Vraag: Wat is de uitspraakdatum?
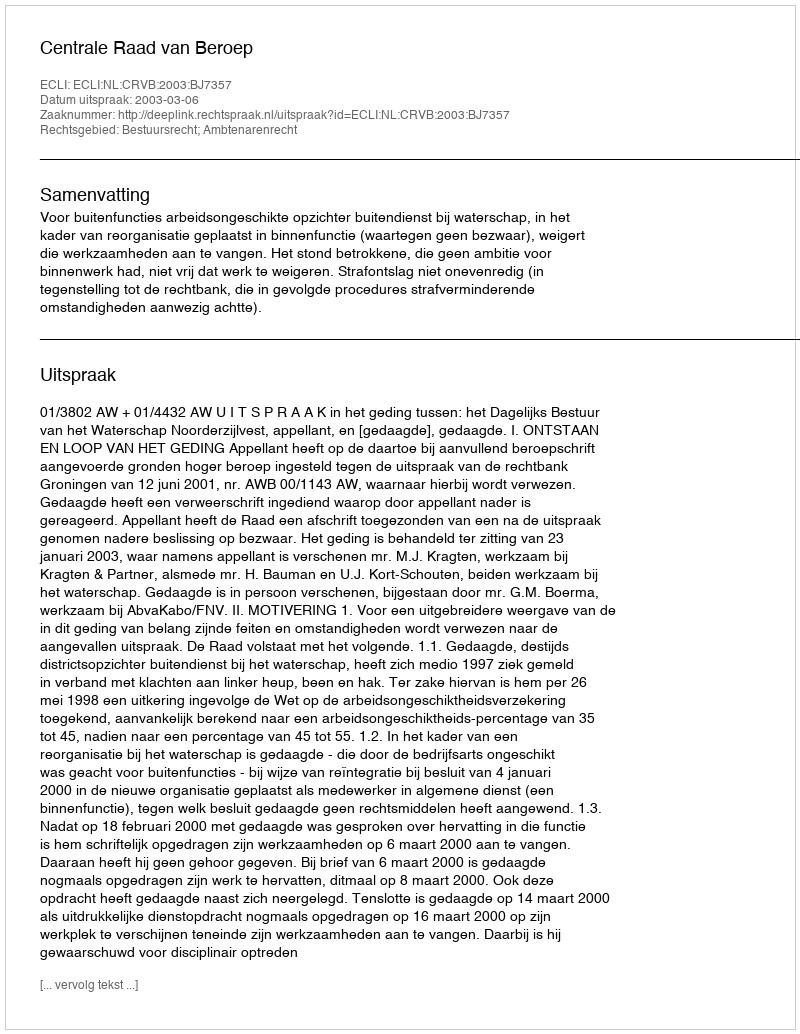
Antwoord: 2003-03-06